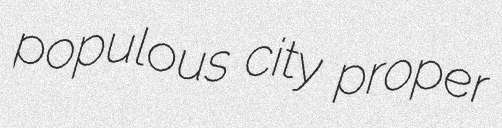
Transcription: populous city proper